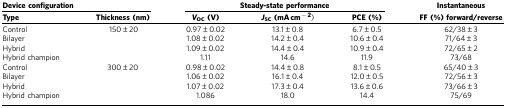
| <COLSPAN=2> Device configuration | <COLSPAN=3> Steady-state performance | Instantaneous |
 | Type | Thickness (nm) | VOC(V) | JSC(mA cm−2) | PCE (%) | FF (%) forward/reverse |
 | --- | --- | --- | --- | --- | --- |
 | Control | 150±20 | 0.97±0.02 | 13.1±0.8 | 6.7±0.5 | 62/38±3 |
 | Bilayer |  | 1.08±0.02 | 14.2±0.4 | 10.6±0.4 | 71/64±3 |
 | Hybrid |  | 1.09±0.02 | 14.4±0.4 | 10.9±0.4 | 72/65±2 |
 | Hybrid champion |  | 1.11 | 14.6 | 11.9 | 73/68 |
 | Control | 300±20 | 0.98±0.02 | 14.4±0.8 | 8.1±0.5 | 65/40±3 |
 | Bilayer |  | 1.06±0.02 | 16.1±0.4 | 12.0±0.5 | 72/56±3 |
 | Hybrid |  | 1.07±0.02 | 17.3±0.4 | 13.6±0.6 | 73/66±3 |
 | Hybrid champion |  | 1.086 | 18.0 | 14.4 | 75/69 |